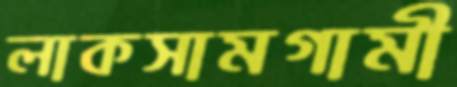
লাকসামগামী